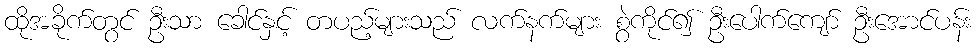
ထိုအခိုက်တွင် ဦးသာ ခေါင်နှင့် တပည့်များသည် လက်နက်များ စွဲကိုင်၍ ဦးပေါက်ကျော် ဦးအောင်ပန်း